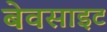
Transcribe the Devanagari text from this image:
बेवसाइट